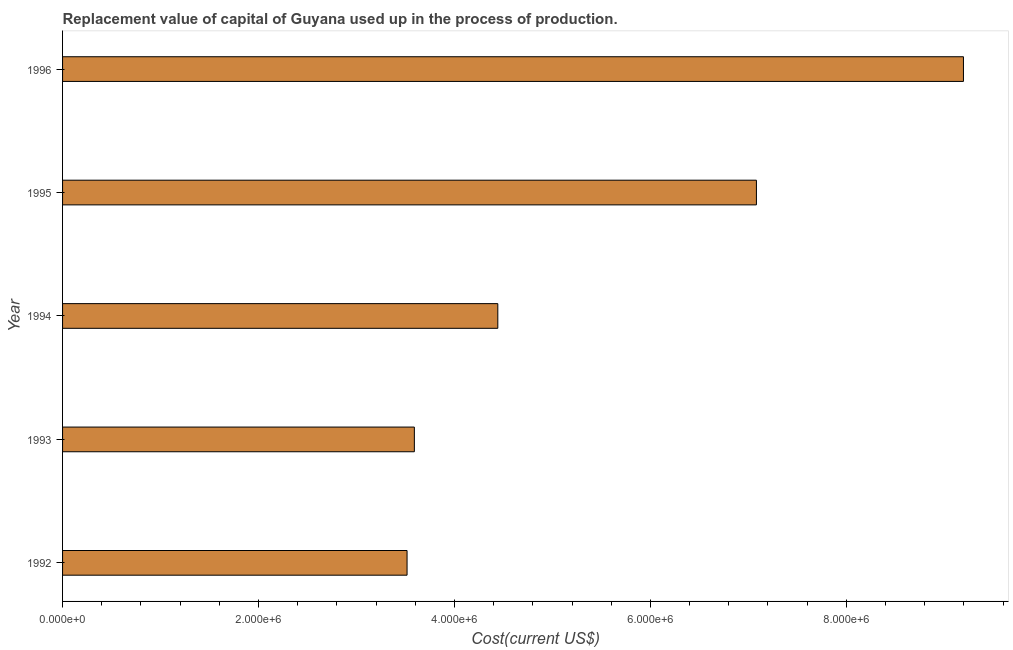
| Year | Consumption of fixed capital |
 | --- | --- |
 | 1992 | 3.52e+06 |
 | 1993 | 3.59e+06 |
 | 1994 | 4.44e+06 |
 | 1995 | 7.08e+06 |
 | 1996 | 9.2e+06 |